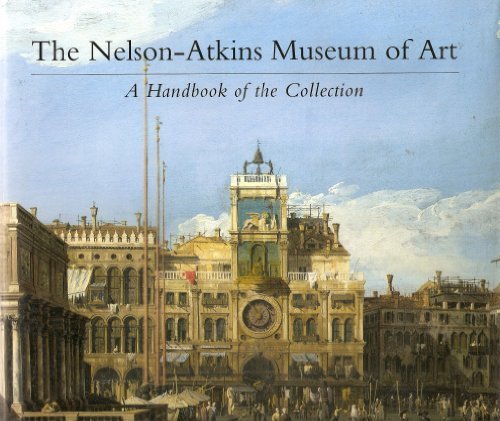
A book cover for The Nelson-Atkins Museum of Art: A Handbook of the Collection; Roger Ward; Travel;